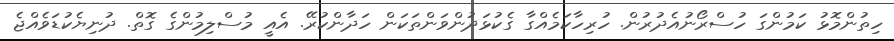
ހިތުންމޮޅު ކަމުންގަ ހުސްރޯނުއެދުރުން. ހުރިހާކަމެއްގާ ގެކުޅަދުންވަންތަކަން ހަދާންކުރޭ. އެއީ މުސްލިމުންގެ ގޮތް. ދުނިޔެކުޑަވެއްޖެ